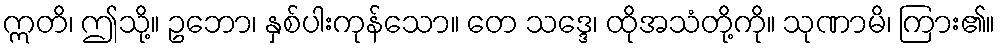
ဣတိ၊ ဤသို့။ ဥဘော၊ နှစ်ပါးကုန်သော။ တေ သဒ္ဒေ၊ ထိုအသံတို့ကို။ သုဏာမိ၊ ကြား၏။